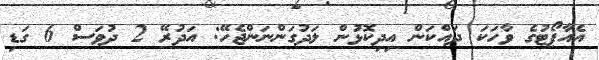
އެއާޕޯޓުގެ ވާހަކަ ދައްކަން އިދިކޮޅުން ލަދުގަންނަންޖެހޭ: އަދުރޭ 2 ދުވަސް 6 ގަޑި